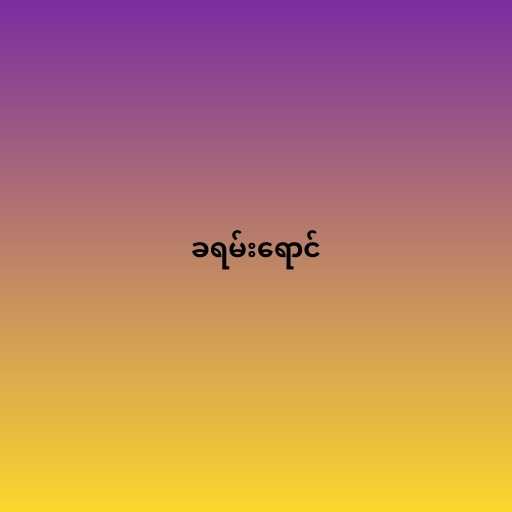
ခရမ်းရောင်